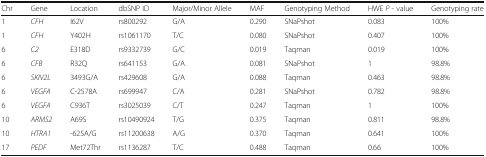
<table><thead><tr><td><b>Chr</b></td><td><b>Gene</b></td><td><b>Location</b></td><td><b>dbSNP ID</b></td><td><b>Major/Minor Allele</b></td><td><b>MAF</b></td><td><b>Genotyping Method</b></td><td><b>HWE <i>P</i> - value</b></td><td><b>Genotyping rate</b></td></tr></thead><tbody><tr><td>1</td><td><i>CFH</i></td><td>I62V</td><td>rs800292</td><td>G/A</td><td>0.290</td><td>SNaPshot</td><td>0.083</td><td>100%</td></tr><tr><td>1</td><td><i>CFH</i></td><td>Y402H</td><td>rs1061170</td><td>T/C</td><td>0.080</td><td>SNaPshot</td><td>0.407</td><td>100%</td></tr><tr><td>6</td><td><i>C2</i></td><td>E318D</td><td>rs9332739</td><td>G/C</td><td>0.019</td><td>Taqman</td><td>0.019</td><td>100%</td></tr><tr><td>6</td><td><i>CFB</i></td><td>R32Q</td><td>rs641153</td><td>G/A</td><td>0.081</td><td>SNaPshot</td><td>1</td><td>98.8%</td></tr><tr><td>6</td><td><i>SKIV2L</i></td><td>3493G/A</td><td>rs429608</td><td>G/A</td><td>0.088</td><td>Taqman</td><td>0.463</td><td>98.8%</td></tr><tr><td>6</td><td><i>VEGFA</i></td><td>C-2578A</td><td>rs699947</td><td>C/A</td><td>0.281</td><td>SNaPshot</td><td>0.782</td><td>98.8%</td></tr><tr><td>6</td><td><i>VEGFA</i></td><td>C936T</td><td>rs3025039</td><td>C/T</td><td>0.247</td><td>Taqman</td><td>1</td><td>100%</td></tr><tr><td>10</td><td><i>ARMS2</i></td><td>A69S</td><td>rs10490924</td><td>T/G</td><td>0.375</td><td>Taqman</td><td>0.811</td><td>98.8%</td></tr><tr><td>10</td><td><i>HTRA1</i></td><td>-625A/G</td><td>rs11200638</td><td>A/G</td><td>0.370</td><td>Taqman</td><td>0.641</td><td>100%</td></tr><tr><td>17</td><td><i>PEDF</i></td><td>Met72Thr</td><td>rs1136287</td><td>T/C</td><td>0.488</td><td>Taqman</td><td>0.66</td><td>100%</td></tr></tbody></table>